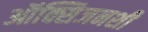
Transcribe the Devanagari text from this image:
ऑक्सिजनशी